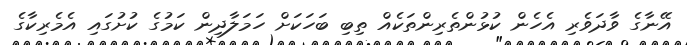
އޭނާގެ ވާދަވެރި އެހެން ކުޅުންތެރިންތަކެއް ތިބި ބަހަކަށް ހަމަލާދިން ކަމުގެ ކުށުގައި އެމެރިކާގެ